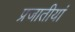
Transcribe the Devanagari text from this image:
प्रजातीयां